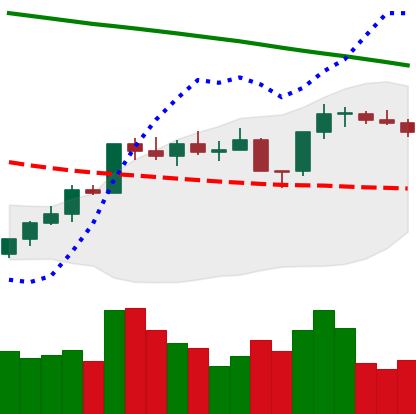
Ticker: ETH-USD
Chart end date: 2022-08-01
Forward return: 3.453%
Label: up_3_5